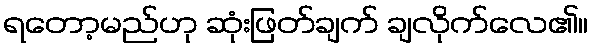
ရတော့မည်ဟု ဆုံးဖြတ်ချက် ချလိုက်လေ၏။